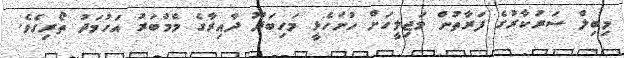
މިބިލް ސަރުކާރުގެ ފަރާތުން މަޖިލީހަށް ހުށަހެޅީ މަހިބަދޫ ދާއިރާގެ މެމްބަރު އަހުމަދު ތޯރިގެވެ.